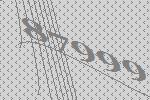
87999